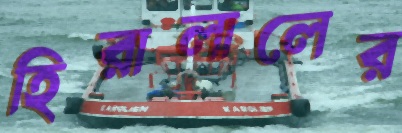
হিরালালের